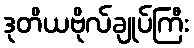
ဒုတိယဗိုလ်ချုပ်ကြီး